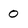
Character: 0